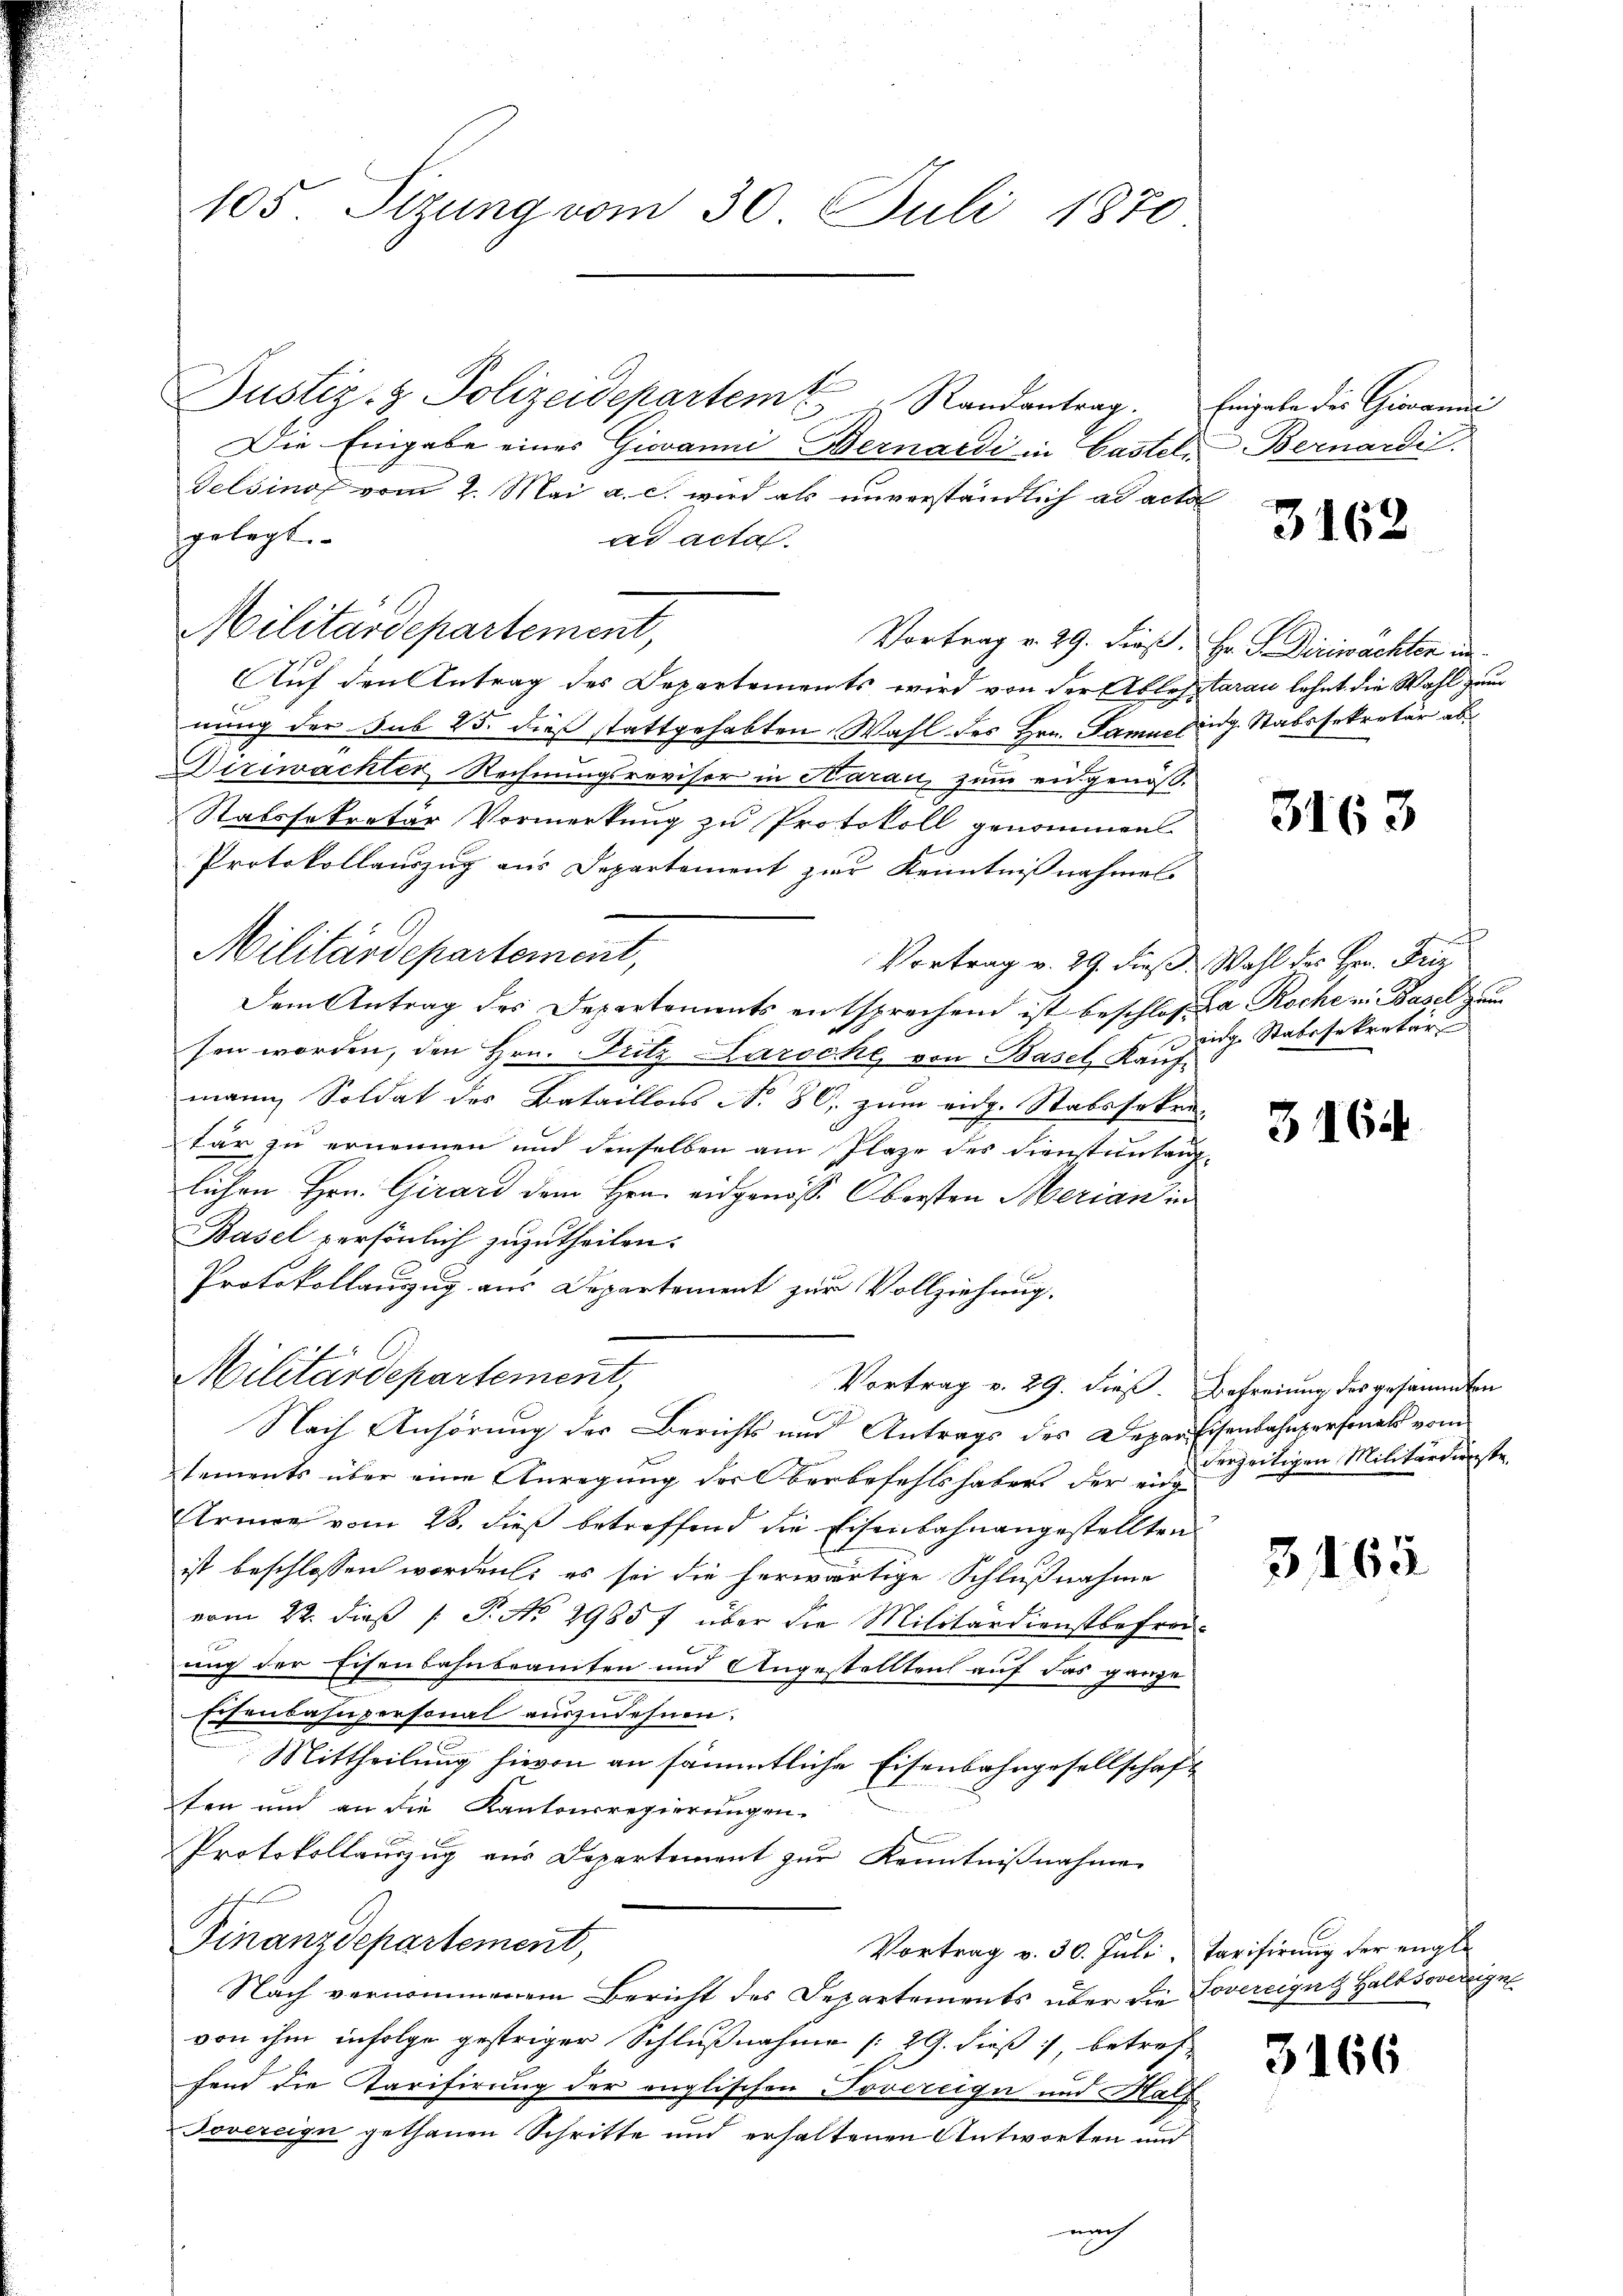
105. Sizung vom 30. Juli 1870

Justiz- & Polizeidepartem Randantrag. Eingabe des Giovanni
Die Eingabe eines Giovanni Bernardi in Castel, Bernardis
Telsino vom 2. Mai a. c. wird als unverständlich ad acto
gelegt.
ad acta.
Militärdepartement,
Vortrag v. 29. dieß. Hr. P. Diriwachten in
Auf den Antrag des Departements wird von der Ablestaran lehnt die Wahl zum
nung der Sub 25. dieß stattgehabten Wahl des Hrn. Damm eidg. Stabssekretär ab¬
Diriwachter Rechnungsrevisor in Harau, zum eidgenöß
Stabssekretär Vormerkung zu Protokoll genommen
Protokollauszug aus Departement zur Kenntnißnahmel
Militärdepartement,
Vortrag v. 29. dieß. Wahl des Hrn. Friz
Dem Antrag des Departements entsprechend ist beschloß da Roche in Basel zum
sen worden, den Hrn. Fritz Laroche von Basel Kauf-
mann Soldat des Bataillons No 80, zum eidg. Stabssekretär zu ernennen und denselben am Plaze des Dienstentanz-
lichen Hrn. Girard dem Hrn. eidgenöss. Obersten Merian in
Basel persönlich zuzutheilen.
Protokollauszug aus Departement zur Vollziehung.
Militärdepartement,
Vortrag v. 29. dieß. Befreiung des gesammten
Nach Anhörung der Berichts und Antrags des Depar Eisenbahnpersonals vom
tements über eine Anregung der Oberbefehlshaber der eing
Armee vom 28. dieß betreffend die Eisenbahnangestellten
ist beschlossen worden: es sei die herwärtige Schlußnahme
vom 22. dieβ / P. No. 29857 über die Militärdienstbefrei-
ung der Eisenbahnbeamten und Angestellten auf das ganze
Eisenbahnpersonal auszudehnen.
Mittheilung hievon an sämmtliche Eisenbahngesellschaft
fen und an die Kantonsregierungen.
Protokollauszug aus Departement zur Kenntnißnahmen
Finanzdepartement,
Vortrag v. 30. Juli, Tarifirung der engle
Nach vernommenem Bericht des Departements über die Covereigne Halbsovereigne
von ihm infolge gestriger Schlußnahme /29. dieß, betref¬
6 x
fend die Tarifirung der englischen Tovereige und Half
Sovereign gethanen Schritte und erhaltenen Antworten und
nach

3162

3163

eige Stabesekretär

3164

derzeitigen Militärdienste

3163

3166